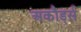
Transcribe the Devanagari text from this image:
अकौर्ड्स